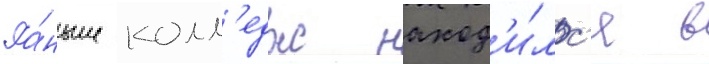
Ра́ньше колл'едж наход'и́лс'я в